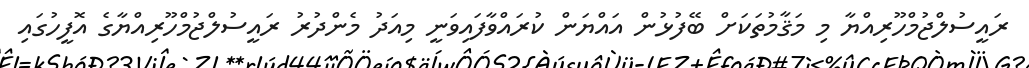
ރައީސުލްޖުމްހޫރިއްޔާ މި މަޤާމުތަކަށް ބޭފުޅުން އައްޔަން ކުރައްވާފައިވަނީ މިއަދު މެންދުރު ރައީސުލްޖުމްހޫރިއްޔާގެ އޮފީހުގައި